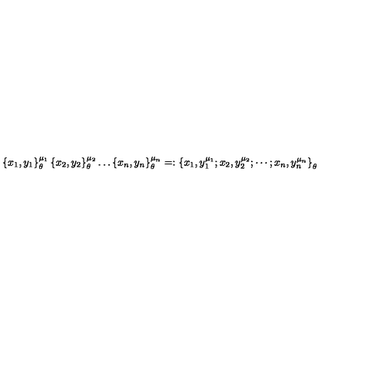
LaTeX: \left\{ x _ { 1 } , y _ { 1 } \right\} _ { \theta } ^ { \mu _ { 1 } } \left\{ x _ { 2 } , y _ { 2 } \right\} _ { \theta } ^ { \mu _ { 2 } } \ldots \left\{ x _ { n } , y _ { n } \right\} _ { \theta } ^ { \mu _ { n } } = : \left\{ x _ { 1 } , y _ { 1 } ^ { \mu _ { 1 } } ; x _ { 2 } , y _ { 2 } ^ { \mu _ { 2 } } ; \cdots ; x _ { n } , y _ { n } ^ { \mu _ { n } } \right\} _ { \theta }